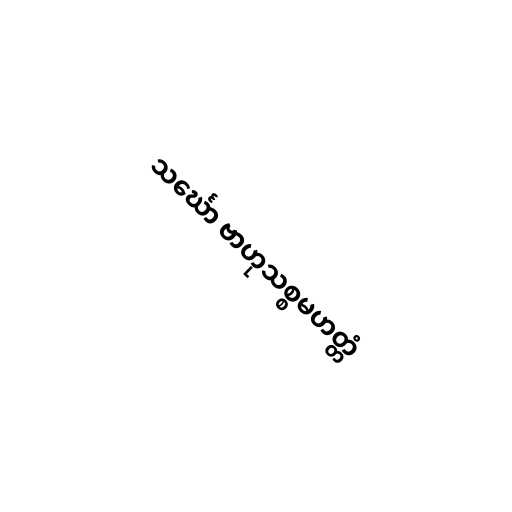
သင်္ဃော ဗာဟုသစ္စမဟတ္တံ